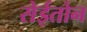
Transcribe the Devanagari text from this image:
सेईतोन